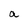
Character: a